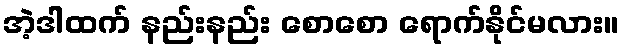
အဲ့ဒါထက် နည်းနည်း စောစော ရောက်နိုင်မလား။